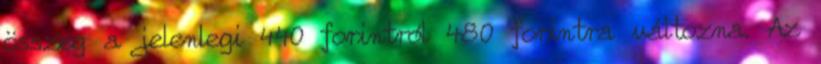
összeg a jelenlegi 440 forintról 480 forintra változna. Az